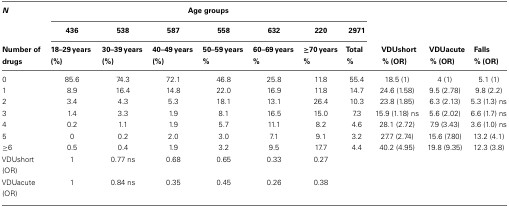
<table><thead><tr><td><b><i>N</i></b></td><td colspan="7"><b>Age groups</b></td><td colspan="3"></td></tr><tr><td></td><td><b>436</b></td><td><b>538</b></td><td><b>587</b></td><td><b>558</b></td><td><b>632</b></td><td><b>220</b></td><td><b>2971</b></td><td colspan="3"></td></tr><tr><td><b>Number of drugs</b></td><td><b>18–29 years (%)</b></td><td><b>30–39 years (%)</b></td><td><b>40–49 years (%)</b></td><td><b>50–59 years %</b></td><td><b>60–69 years %</b></td><td><b>≥70 years %</b></td><td><b>Total %</b></td><td><b>VDUshort % (OR)</b></td><td><b>VDUacute % (OR)</b></td><td><b>Falls % (OR)</b></td></tr></thead><tbody><tr><td>0</td><td>85.6</td><td>74.3</td><td>72.1</td><td>46.8</td><td>25.8</td><td>11.8</td><td>55.4</td><td>18.5 (1)</td><td>4 (1)</td><td>5.1 (1)</td></tr><tr><td>1</td><td>8.9</td><td>16.4</td><td>14.8</td><td>22.0</td><td>16.9</td><td>11.8</td><td>14.7</td><td>24.6 (1.58)</td><td>9.5 (2.78)</td><td>9.8 (2.2)</td></tr><tr><td>2</td><td>3.4</td><td>4.3</td><td>5.3</td><td>18.1</td><td>13.1</td><td>26.4</td><td>10.3</td><td>23.8 (1.85)</td><td>6.3 (2.13)</td><td>5.3 (1.3) ns</td></tr><tr><td>3</td><td>1.4</td><td>3.3</td><td>1.9</td><td>8.1</td><td>16.5</td><td>15.0</td><td>7.3</td><td>15.9 (1.18) ns</td><td>5.6 (2.02)</td><td>6.6 (1.7) ns</td></tr><tr><td>4</td><td>0.2</td><td>1.1</td><td>1.9</td><td>5.7</td><td>11.1</td><td>8.2</td><td>4.6</td><td>28.1 (2.72)</td><td>7.9 (3.43)</td><td>3.6 (1.0) ns</td></tr><tr><td>5</td><td>0</td><td>0.2</td><td>2.0</td><td>3.0</td><td>7.1</td><td>9.1</td><td>3.2</td><td>27.7 (2.74)</td><td>15.6 (7.80)</td><td>13.2 (4.1)</td></tr><tr><td>≥6</td><td>0.5</td><td>0.4</td><td>1.9</td><td>3.2</td><td>9.5</td><td>17.7</td><td>4.4</td><td>40.2 (4.95)</td><td>19.8 (9.35)</td><td>12.3 (3.8)</td></tr><tr><td>VDUshort (OR)</td><td>1</td><td>0.77 ns</td><td>0.68</td><td>0.65</td><td>0.33</td><td>0.27</td><td></td><td></td><td colspan="2"></td></tr><tr><td>VDUacute (OR)</td><td>1</td><td>0.84 ns</td><td>0.35</td><td>0.45</td><td>0.26</td><td>0.38</td><td></td><td></td><td colspan="2"></td></tr></tbody></table>